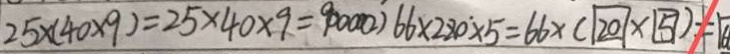
2 5 \times ( 4 0 \times 9 ) = 2 5 \times 4 0 \times 9 = 9 0 0 0 0 ( 2 ) 6 6 \times 2 8 0 \times 5 = 6 6 \times ( \boxed { 2 0 } \times \boxed { 5 } ) = \boxed { 6 }